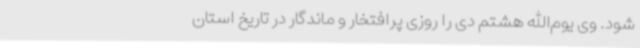
شود. وی یوم‌الله هشتم دی را روزی پرافتخار و ماندگار در تاریخ استان